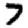
Digit: 7